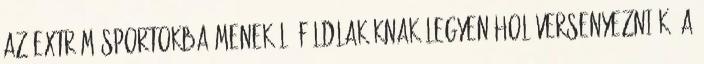
az extrém sportokba menekülő földlakóknak legyen hol versenyezniük. A